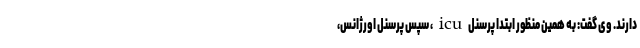
دارند. وی گفت: به همین منظور ابتدا پرسنل icu ، سپس پرسنل اورژانس،